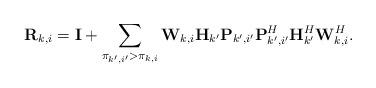
LaTeX: \begin{align*}\begin{aligned}&\mathbf{R}_{k,i}=\mathbf{I}+\sum\limits_{\pi_{k',i'}>\pi_{k,i}}\mathbf{W}_{k,i}\mathbf{H}_{k'}\mathbf{P}_{k',i'}\mathbf{P}_{k',i'}^H\mathbf{H}_{k'}^H\mathbf{W}_{k,i}^H.\end{aligned}\end{align*}